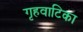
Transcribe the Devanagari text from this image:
गृहवाटिका